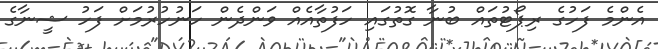
އެންމެ ފަހުގެ ރިޕޯޓުތައް ބުނާ ގޮތުގައި ހަފުތާއެއް ވަންދެން ހަނުހުރުމަށް ފަހު ޝީނާގެ